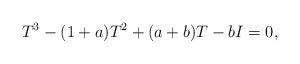
LaTeX: \begin{align*}T^3 - (1 + a)T^2 + (a + b)T - bI = 0,\end{align*}